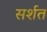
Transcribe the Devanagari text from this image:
सर्शत